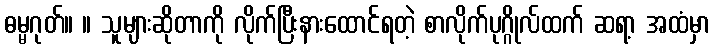
ဓမ္မဂုတ်။ ။ သူများဆိုတာကို လိုက်ပြီးနားထောင်ရတဲ့ စာလိုက်ပုဂ္ဂိုလ်ထက် ဆရာ့ အထံမှာ